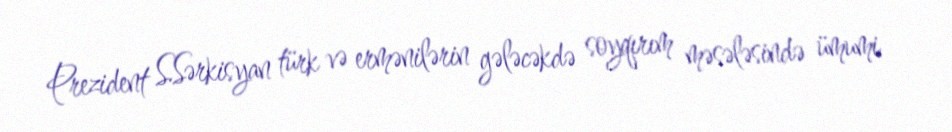
Prezident S.Sərkisyan türk və ermənilərin gələcəkdə soyqırım məsələsində ümumi